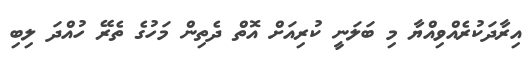
އިރާދަކުރެއްވިއްޔާ މި ބަލަނީ ކުރިއަށް އޮތް ދެތިން މަހުގެ ތެރޭ ހުއްދަ ލިބި